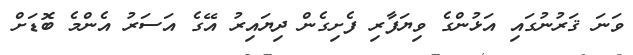
ވަނަ ޤަރުނުގައި އަޅުންގެ ވިޔަފާރި ފެށިގެން ދިޔައިރު އޭގެ އަސަރު އެންމެ ބޮޑަށް